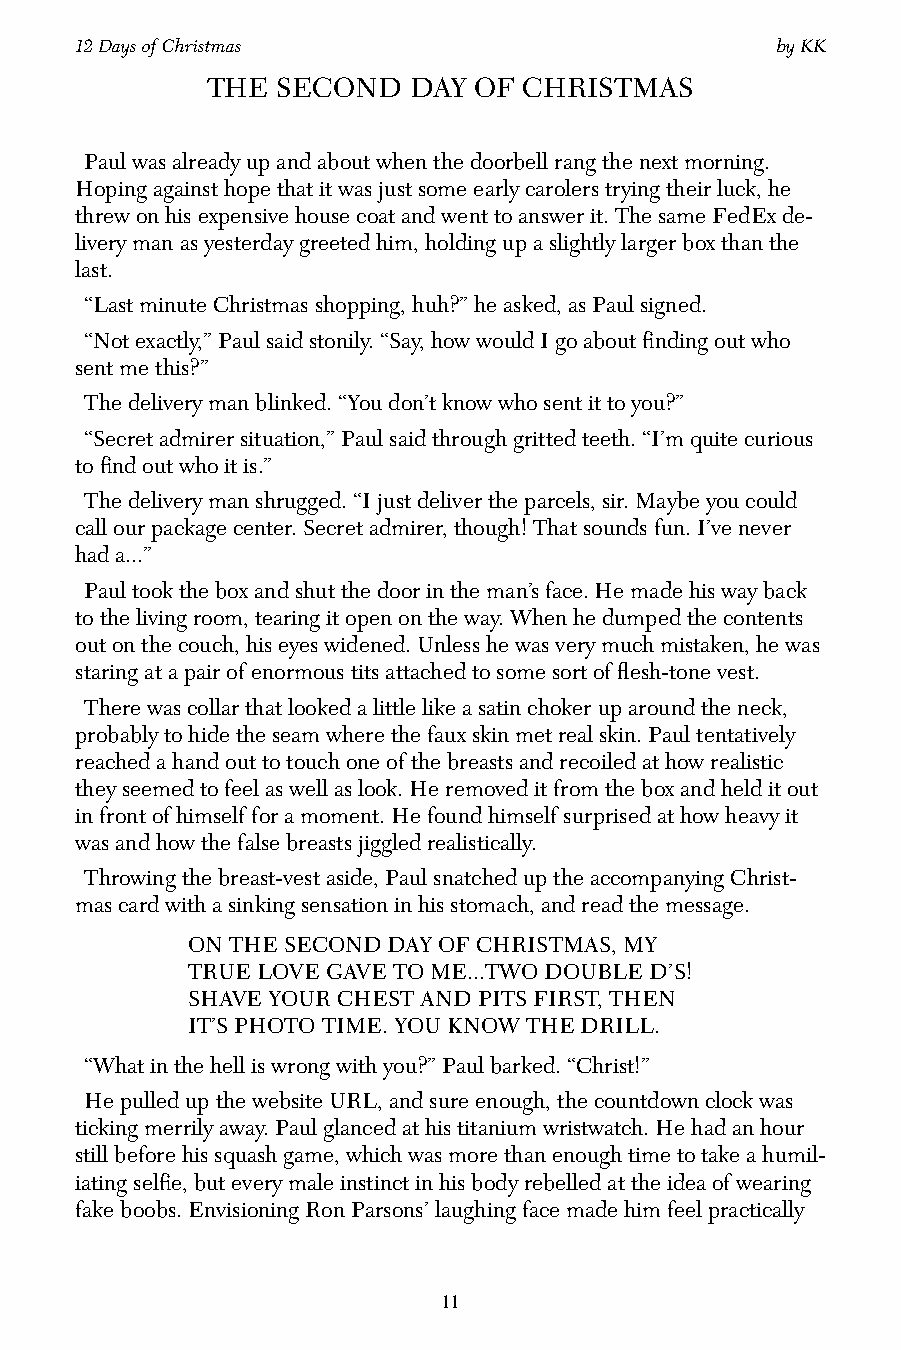
12 Days of Christmas                          by KK
 THE SECOND   DAY OF  CHRISTMAS
 Paul was already up and about when the doorbell rang the next morning.
 Hoping against hope that it was just some early carolers trying their luck, he
 threw on his expensive house coat and went to answer it. The same FedEx de-
 livery man as yesterday greeted him, holding up a slightly larger box than the
 last.
 “Last minute Christmas shopping, huh?” he asked, as Paul signed.
 “Not exactly,” Paul said stonily. “Say, how would I go about finding out who
 sent me this?”
 The delivery man blinked. “You don’t know who sent it to you?”
 “Secret admirer situation,” Paul said through gritted teeth. “I’m quite curious
 to find out who it is.”
 The delivery man shrugged. “I just deliver the parcels, sir. Maybe you could
 call our package center. Secret admirer, though! That sounds fun. I’ve never
 had a...”
 Paul took the box and shut the door in the man’s face. He made his way back
 to the living room, tearing it open on the way. When he dumped the contents
 out on the couch, his eyes widened. Unless he was very much mistaken, he was
 staring at a pair of enormous tits attached to some sort of flesh-tone vest.
 There was collar that looked a little like a satin choker up around the neck,
 probably to hide the seam where the faux skin met real skin. Paul tentatively
 reached a hand out to touch one of the breasts and recoiled at how realistic
 they seemed to feel as well as look. He removed it from the box and held it out
 in front of himself for a moment. He found himself surprised at how heavy it
 was and how the false breasts jiggled realistically.
 Throwing the breast-vest aside, Paul snatched up the accompanying Christ-
 mas card with a sinking sensation in his stomach, and read the message.
 ON THE SECOND DAY OF CHRISTMAS, MY
 TRUE LOVE GAVE TO ME...TWO DOUBLE D’S!
 SHAVE YOUR CHEST AND PITS FIRST, THEN
 IT’S PHOTO TIME. YOU KNOW THE DRILL.
 “What in the hell is wrong with you?” Paul barked. “Christ!”
 He pulled up the website URL, and sure enough, the countdown clock was
 ticking merrily away. Paul glanced at his titanium wristwatch. He had an hour
 still before his squash game, which was more than enough time to take a humil-
 iating selfie, but every male instinct in his body rebelled at the idea of wearing
 fake boobs. Envisioning Ron Parsons’ laughing face made him feel practically
 11